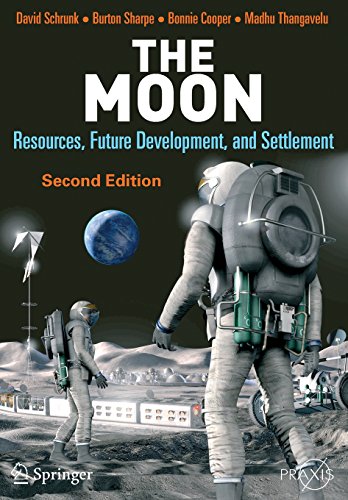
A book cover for The Moon: Resources, Future Development and Settlement (Springer Praxis Books); David Schrunk; Science & Math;